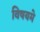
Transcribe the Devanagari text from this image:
विषयमे